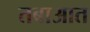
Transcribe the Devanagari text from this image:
तबाआत